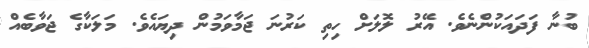
ބުނާ ފަދައަކުންނެވެ. އޭރު ލޮލަށް ހިތި ކަރުނަ ޖަމާވަމުން ދިޔައެވެ. މަލަކާގެ ޖަވާބެއް